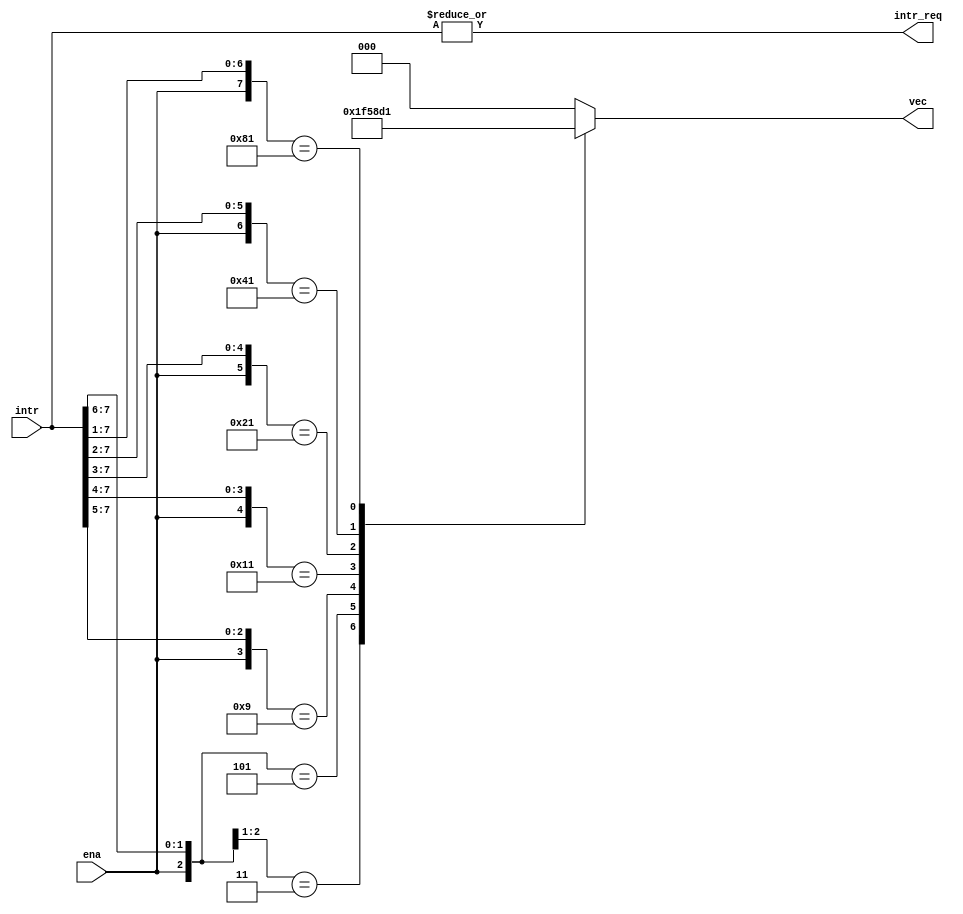
module priority_en(intr, ena, intr_req, vec);
input [7:0] intr;
input ena;
output intr_req;
output reg [2:0] vec;

assign intr_req = |intr;

always @(intr, ena, vec)begin
casex({ena, intr})
9'b1_1xxxxxxx: vec = 3'd7;
9'b1_01xxxxxx: vec = 3'd6;
9'b1_001xxxxx: vec = 3'd5;
9'b1_0001xxxx: vec = 3'd4;
9'b1_00001xxx: vec = 3'd3;
9'b1_000001xx: vec = 3'd2;
9'b1_0000001x: vec = 3'd1;
default: vec = 3'd0;
endcase
end
endmodule